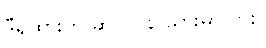
ဒီရထားက ဆိုင်လွန် သွားမှာလား။